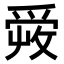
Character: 𤔠